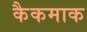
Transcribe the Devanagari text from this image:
कैकमाक